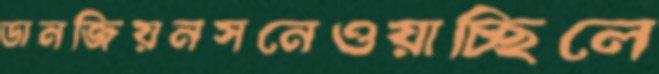
ডানজিয়নসনেওয়াচ্ছিলে